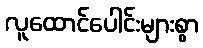
လူထောင်ပေါင်းများစွာ